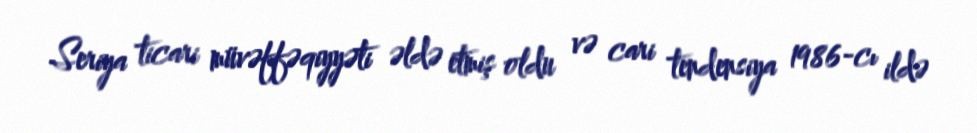
Seriya ticari müvəffəqiyyəti əldə etmiş oldu və cari tendensiya 1986-cı ildə